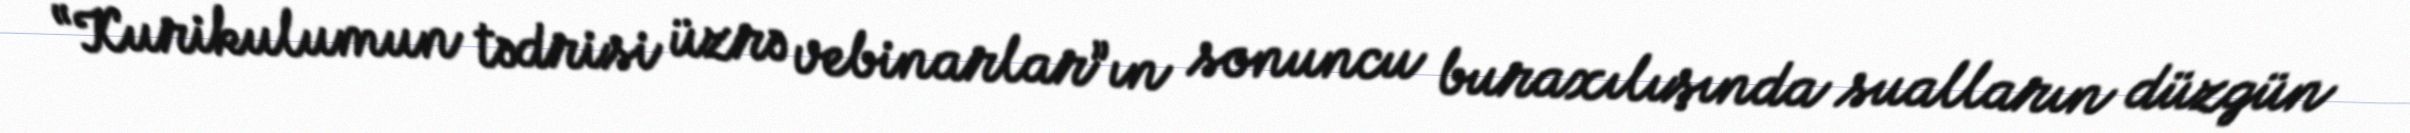
“Kurikulumun tədrisi üzrə vebinarlar”ın sonuncu buraxılışında sualların düzgün